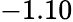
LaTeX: -1.10